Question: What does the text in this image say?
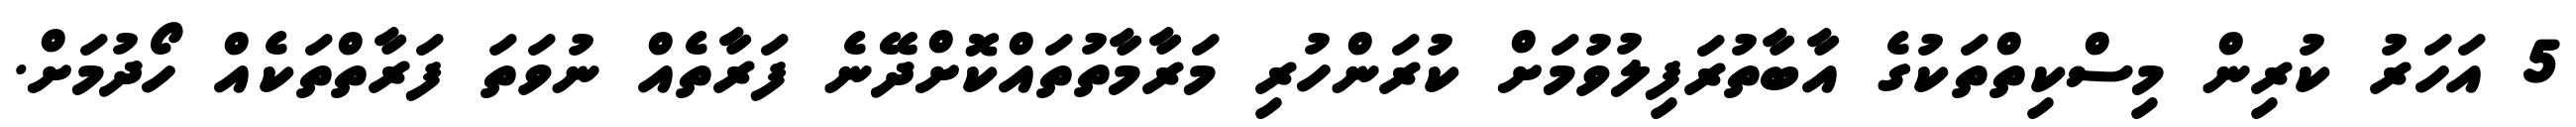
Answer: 5 އަހަރު ކުރިން މިސްކިތްތަކުގެ އާބާތުރަފިލުވުމަށް ކުރަންހުރި މަރާމާތުތައްކޮށްދޭނެ ފަރާތެއް ނުވަތަ ފަރާތްތަކެއް ހޯދުމަށް.